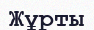
Жұрты